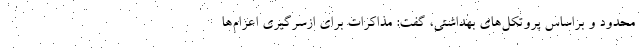
محدود و براساس پروتکل‌های بهداشتی، گفت: مذاکرات برای ازسرگیری اعزام‌ها